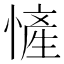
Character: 㦃